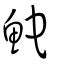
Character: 鮀